Rae_vallavalitsus, lk 74
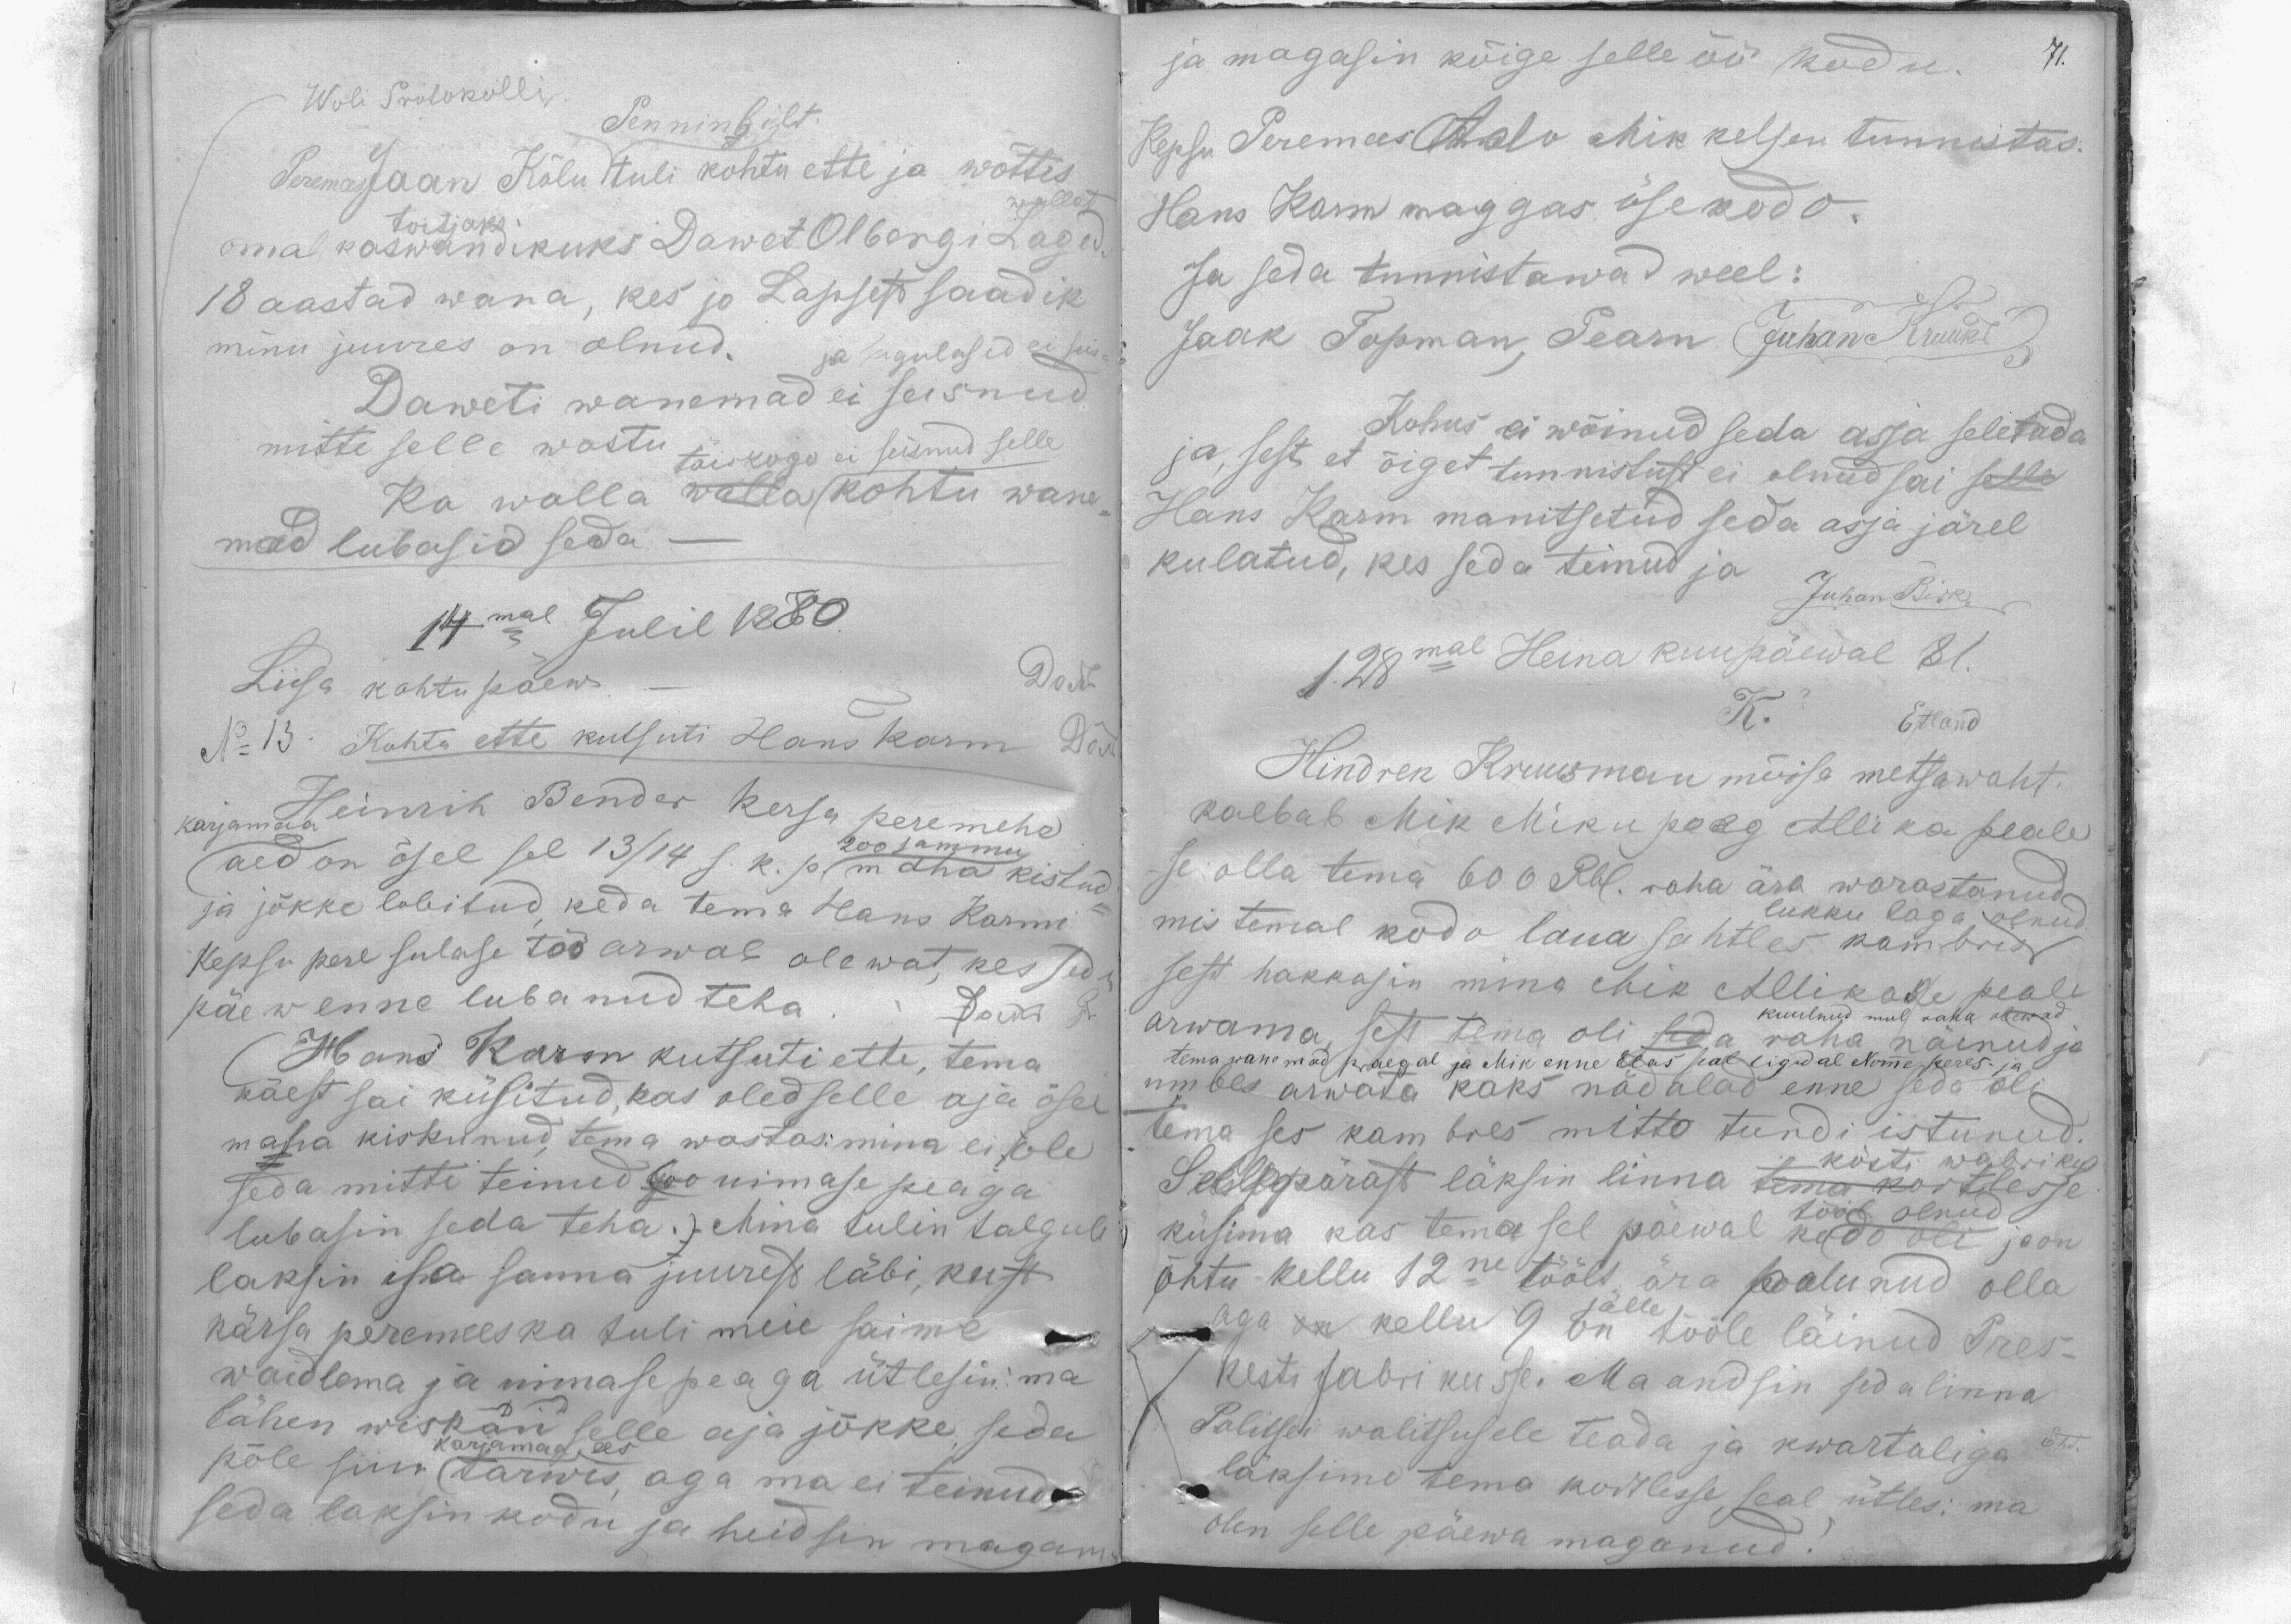
Woli Protokolli
Penningilt.
Peremees Jaan Kõlu tuli kohtu ette ja wõttis,
wallast
oma kaswandikuks Dawet Olbergi Laged.
toitjaks.
18 aastad wana, kes jo Lapsest saadik
minu juures on olnud ja sugulasid ei seis-
Daweti wanemad ei seisnud
mitte selle wastu täiskogo ei seisnud selle
Ka wallaa wallakohtu wane
mad lubasid seda -
14mal Julil 1880.
Liisa kohtu päew
No 13. Kohtu ette kutsuti Hans Karm Dr
Heinrik Bender Kersa peremehe
karjamaa
aed on ösel sel 13/14 s. k. p. maha kistud
200 sammu
ja jõkke lobitud, keda tema Hans Karmi
Kepsu pere sulase töö arwab olewat, kes seda
päew enne lubanud teha.
Hans Karm kutsuti ette, tema
käest sai küsitud, kas oled selle aja ösel
maha kiskunud, tema wastas: mina ei ole
seda mitti teinud so uimase peaga
lubasin seda teha.) Mina tulin talgule
laksin isa sanna juurest läbi, kust
Kärsa peremees ka tuli meie saime
waidlema ja uimase peaga ütlesin ma
lähen wiskan selle aja jõkke, seda
karjamaa ees
pole siin tarwis, aga ma ei teinud
seda laksin kodu ja heidsin magama

ja magasin kõige selle öö kodu.
Kepsu Peremees Ado Mikkelsen tunnistas.
Hans Karm maggas ösekodo.
Ja seda tunnistawad weel:
Jaak Topman, Pearu Juhan Kruuk
Kohus ei wõinud seda assa seletada
ja, sest et õiget tunnistust ei olnud sai selle
Hans Karm manitsetud seda asja järel
kulatud, kes seda teinud ja
Juhan Birk
1. 28mal Heina kuupäewal 81.
K.
EAland
Hindrek Kruusman mõisa metsawaht.
kaebab Mik Miku poeg Allika peale
se olla tema 600 Rbl. raha ära warastanud,
mis temal kodo laua sahtles kambris
lukku taga olnud
sest hakkasin mina Mik Allikase peale
kuulnud mul raha olewad
arwama, sest tema oli seda  raha näinud ja
tema wanemad praegal ja Mik enne elas seal ligidal Nomme peres. ja
umbes arwata kaks nädalad enne seda oli
tema ses kam bres mitto tundi istunud.
Sellepärast läksin linna tema kortlesse
kösti wabriku
tööl olnud
õhtu kellu 12ni töölt ära palunud olla
aga on kellu 9 on jälle tööle läinud Pres-
kesti fabrikusse. Ma andsin seda linna
läksime tema kortlesse, seal ütles: ma
olen selle päewa maganud.

71.

ja magasin kõige selle öö kodu.
Kepsu Peremees Aalo Mikkelsen tunnistas.
Hans Karm maggas öse kodo.
Ja seda tunnistawad weel:
Jaak Topman, Pearn Juhan Kruuk
Kohus ei wõinud seda assa seletada
ja, sest et õiget tunnistust ei olnud sai selle
Hans Karm manitsetud seda asja järel
kulatud, kes seda teinud ja
Juhan Birk
1. 28mal Heina kuu päewal 81.
K.
Etland
Hindrek Kruusman mõisa metsawaht,
kaebab Mik Miku poeg Allika peale
se olla tema 6060 Rbl. raha ära warastanud,
mis temal kodo laua sahtles kambris
lukku taga olnud
sest hakkasin mina ehk Allikase peale
arwama, sest tema oli
tema wanemad praegal ja Mik enne et as seal ligidal Nime peres ja
umbes arwata kaks nädalad enne seda olla
tema ses kam broes mitte tundi istunud.
Sellepärast läksin linna tema kortlesse
kõsti wabriku
küsima kas tema sel päewal kodo oli ja on
õhtu kellu 12ne töölt ära palunud olla
aga on kellu 9 tälle tööle läinud Pres-
Kesti sabri kusse. Ma andsin sedalinna
Politsei walitsusele teada ja kwartaliga
läksime tema kortlesse, seal ütles: ma
olin selle päewa maganud!